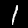
Label: 1